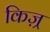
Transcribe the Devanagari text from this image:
किज़्र